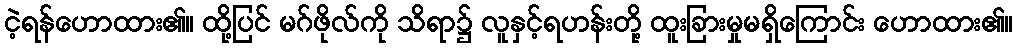
ငဲ့ရန်ဟောထား၏။ ထို့ပြင် မဂ်ဖိုလ်ကို သိရာ၌ လူနှင့်ရဟန်းတို့ ထူးခြားမှုမရှိကြောင်း ဟောထား၏။